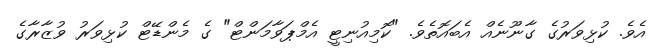
އެވެ. ކުޅިވަރުގެ ގާނޫނެއް އެބައޮތެވެ. "ކޮމިއުނިޓީ އެމްޕަވާމަންޓް" ގެ މެންޑޭޓް ކުޅިވަރު ވުޒާރާގެ